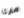
مارثا